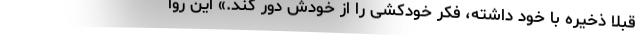
قبلاً ذخیره با خود داشته، فکر خودکشی را از خودش دور کند.» این روا